Lunatic asylums Punjab 1868-1880 - 1868-1880
Year: 1868
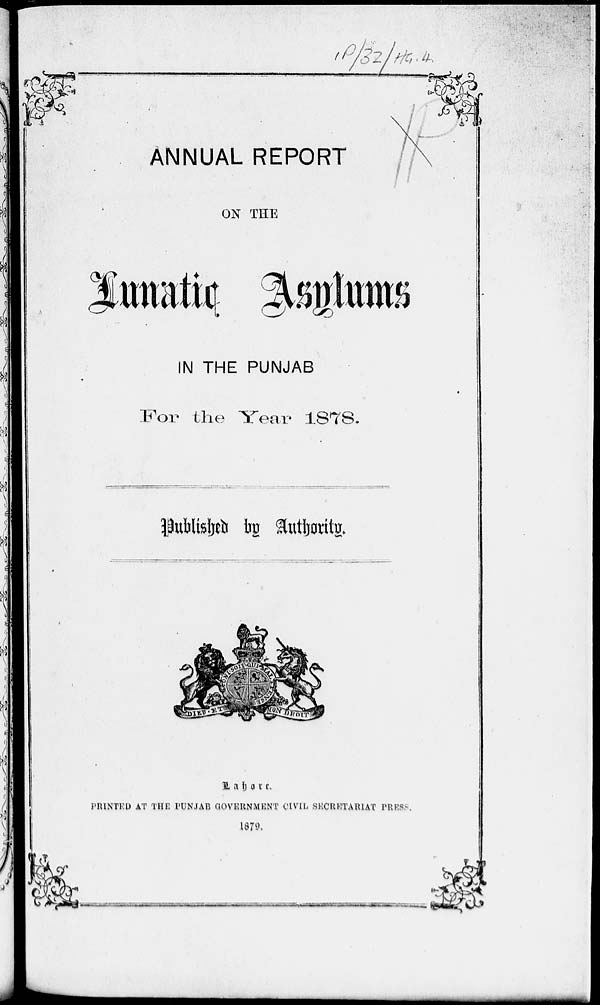
ANNUAL REPORT
ON THE
Lunatic Asylums
IN THE PUNJAB
For the Year 1878.
Published by Authority.
Lohore:
PRINTED AT THE PUNJAB GOVERNMENT CIVIL SECRETARIAT PRESS.
1879.